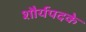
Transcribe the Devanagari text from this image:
शौर्यपदके